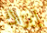
إيزاك